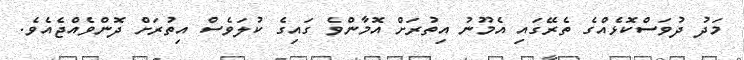
މަދު ދުވަސްކޮޅެއްގެ ތެރޭގައި އެމޫނު އިތުރަށް އޮމާންވެ ގައިގެ ކުލަވެސް އިތުރަށް ދޮންވެއްޖެއެވެ.